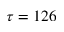
\tau = 1 2 6